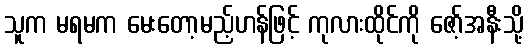
သူက မရမက မေးတော့မည့်ဟန်ဖြင့် ကုလားထိုင်ကို ဇော့်အနီးသို့